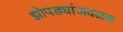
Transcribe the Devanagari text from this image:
झोपड्यांजवळच